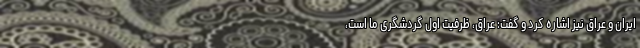
ایران و عراق نیز اشاره کرد و گفت: عراق، ظرفیت اول گردشگری ما است،